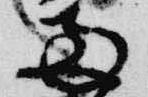
両